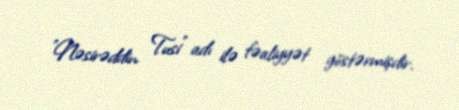
"Nəsirəddin Tusi" adı ilə fəaliyyət göstərmişdir.